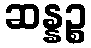
ဆန္နဉ္စ